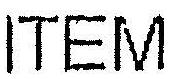
ITEM